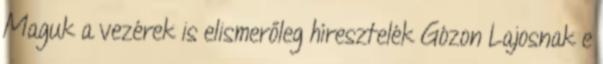
Maguk a vezérek is elismerőleg híresztelék Gózon Lajosnak e